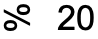
% 20